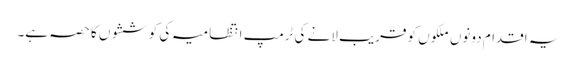
یہ اقدام دونوں ملکوں کو قریب لانے کی ٹرمپ انتظامیہ کی کوششوں کا حصہ ہے۔